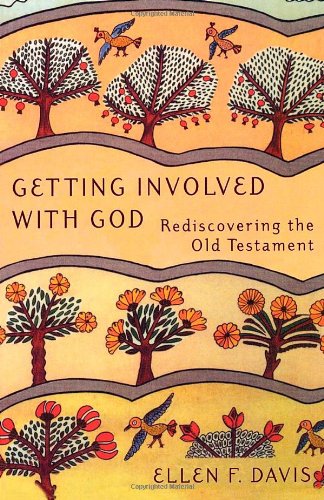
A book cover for Getting Involved with God: Rediscovering the Old Testament; Ellen Davis; Christian Books & Bibles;